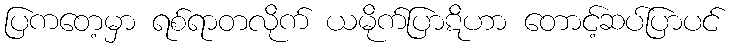
ပြကတေ့မှာ ရစ်ရာတလိုက် ယမိုက်ပြာဋိဟာ တောင့်ဆပ်ပြာပင်